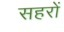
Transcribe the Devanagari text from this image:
सहरों